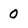
Character: 0